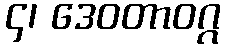
၄၊ ဒေဝတာဝဂ္ဂ